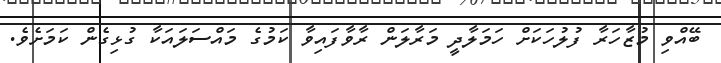
ބޭއްވި މުޒާހަރާ ފުލުހަކަށް ހަމަލާދީ މަރާލަން ރާވާފައިވާ ކަމުގެ މައްސަލައަކާ ގުޅިގެން ކަމަށެވެ.